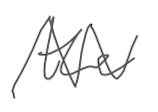
Text: the
Cross-out: zig-zag
Writing tool: digital_gray